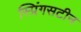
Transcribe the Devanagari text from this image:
स्प्रिंगसटीन